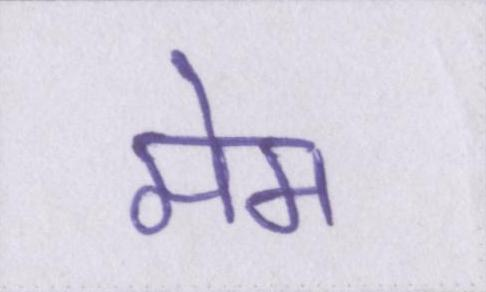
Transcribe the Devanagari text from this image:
मेम